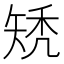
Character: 𥏐